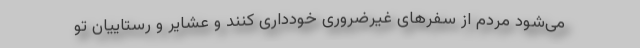
می‌شود مردم از سفرهای غیرضروری خودداری کنند و عشایر و رستاییان تو